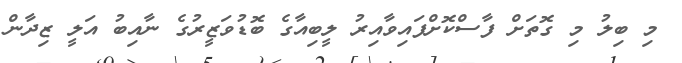
މި ބިލު މި ގޮތަށް ފާސްކޮށްފައިވާއިރު ލީބިއާގެ ބޮޑުވަޒީރުގެ ނާއިބު އަލީ ޒިދާން